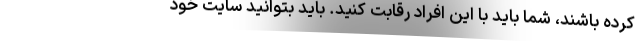
کرده باشند، شما باید با این افراد رقابت کنید. باید بتوانید سایت خود